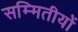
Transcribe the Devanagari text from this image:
सम्मितीयों